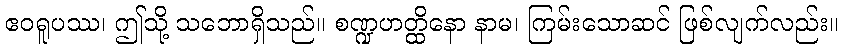
ဧဝရူပဿ၊ ဤသို့ သဘောရှိသည်။ စဏ္ဍဟတ္ထိနော နာမ၊ ကြမ်းသောဆင် ဖြစ်လျက်လည်း။